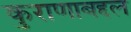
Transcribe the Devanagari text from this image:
कुराणाबद्दल